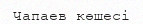
Чапаев көшесі